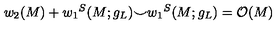
w _ { 2 } ( M ) + { w _ { 1 } } ^ { S } ( M ; g _ { L } ) { \smile } { w _ { 1 } } ^ { S } ( M ; g _ { L } ) = { \cal O } ( M )